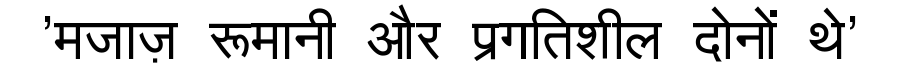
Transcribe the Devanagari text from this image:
'मजाज़ रूमानी और प्रगतिशील दोनों थे'